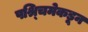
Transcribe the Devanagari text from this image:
पश्र्चिमेकडून